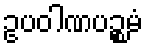
ဥပဝါဏပဉ္စမံ